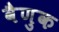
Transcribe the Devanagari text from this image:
वैणुक